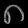
Digit: ၈